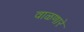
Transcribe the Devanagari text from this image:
वाळणारे